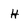
Character: H